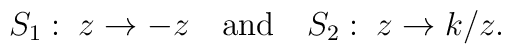
S_1:\;z\to-z\quad\mbox{and}\quad S_2:\;z\to k/z.